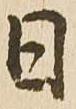
日